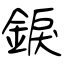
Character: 錑